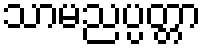
သာမညပ္ပတ္တာ